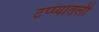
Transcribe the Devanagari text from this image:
टप्प्यातली